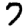
Digit: 7